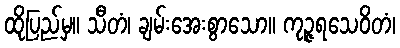
ထိုပြည်မှ။ သီတံ၊ ချမ်းအေးစွာသော။ ကုဉ္ဇရသေဝိတံ၊